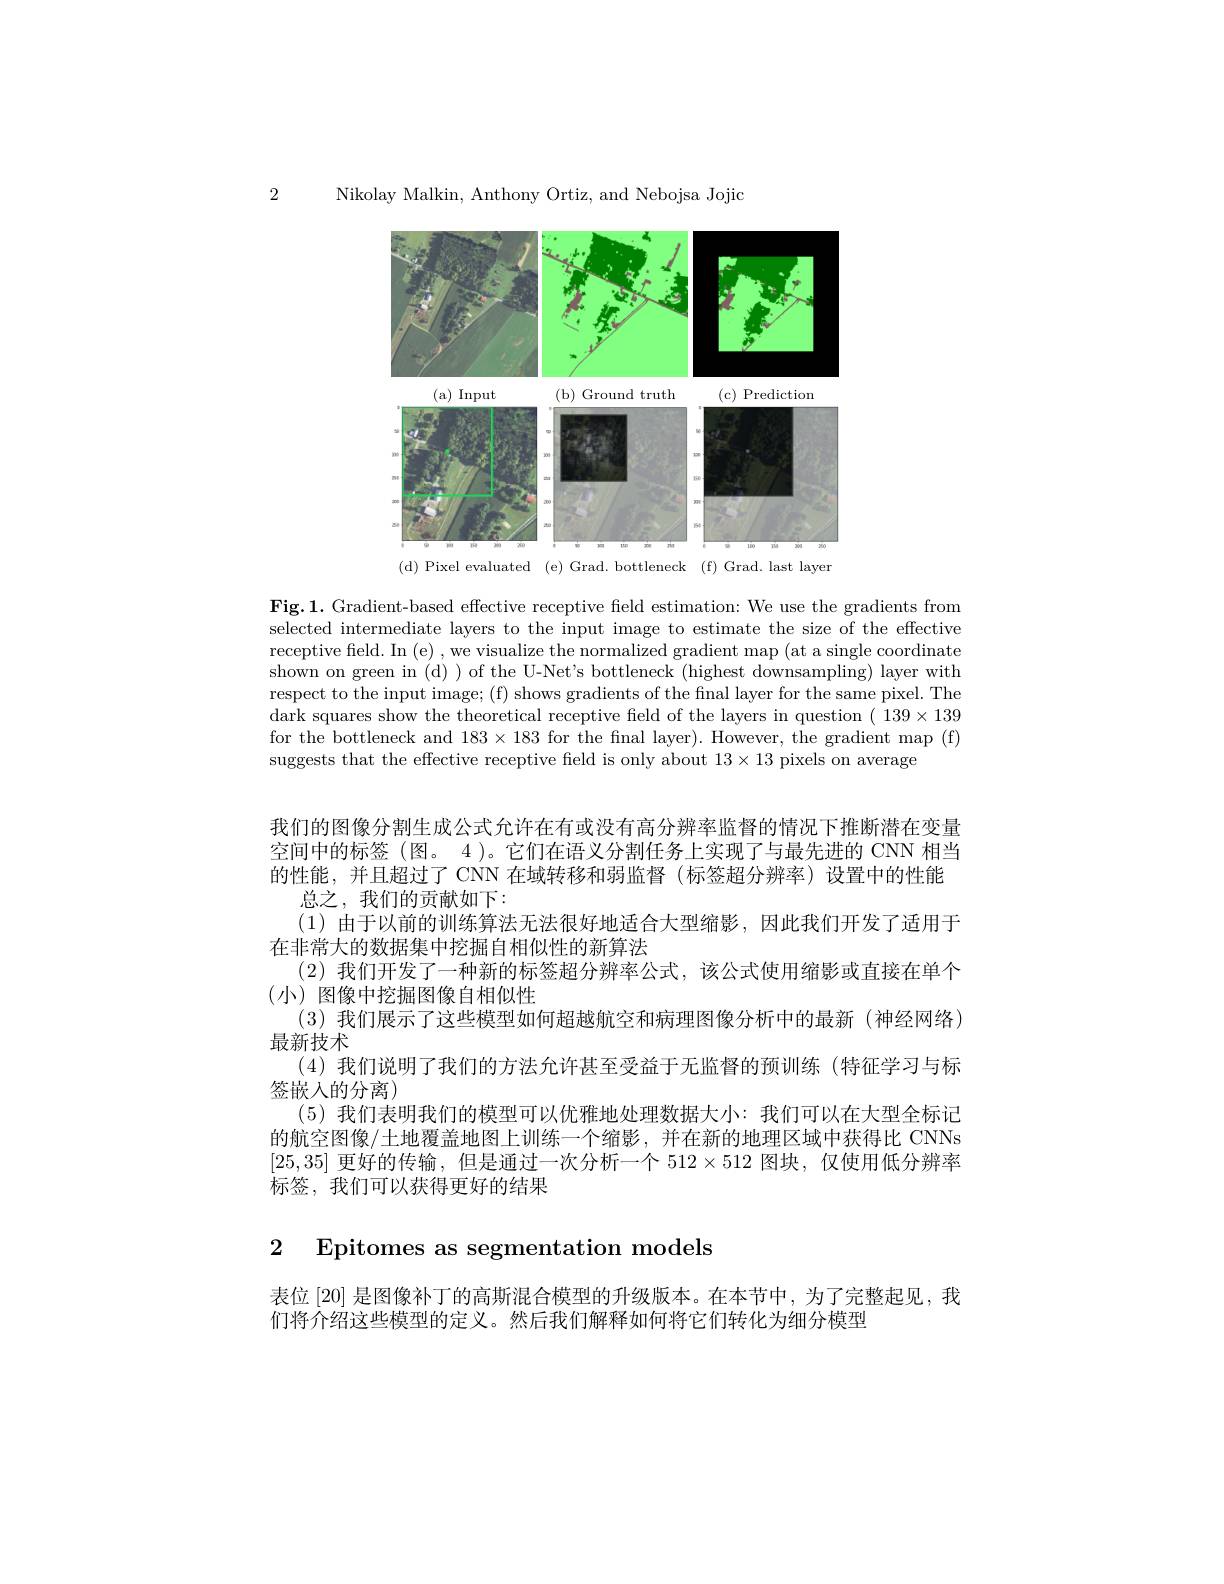
Nikolay Malkin, Anthony Ortiz, and Nebojsa Jojic

2

<FigureHere>
(d)Pixel evaluated (e)Grad.bottleneck (f)Grad.last layer

$\textbf{Fig. 1. Gradient- based effective receptive feld estimation: We use the gradients from}$ selected intermediate layers to the input image to estimate the size of the effective receptive field. In (e) , we visualize the normalized gradient map (at a single coordinate shown on green in (d) ) of the U-Net's bottleneck (highest downsampling) layer with respect to the input image; (f) shows gradients of the final layer for the same pixel. The dark squares show the theoretical receptive field of the layers in question $(139\times139$ for the bottleneck and $183\times183$ for the fnal layer). However, the gradient map (f) suggests that the effective receptive field is only about $13\times13$ pixels on average

我们的图像分割生成公式允许在有或没有高分辨率监督的情况下推断潜在变量空间中的标签(图。4 )。它们在语义分割任务上实现了与最先进的 CNN 相当的性能，并且超过了 CNN 在域转移和弱监督 (标签超分辨率)设置中的性能
总之，我们的贡献如下：
(1)由于以前的训练算法无法很好地适合大型缩影，因此我们开发了适用于
在非常大的数据集中挖掘自相似性的新算法
(2)我们开发了一种新的标签超分辨率公式，该公式使用缩影或直接在单个
(小) 图像中挖掘图像自相似性
(3)我们展示了这些模型如何超越航空和病理图像分析中的最新 (神经网络)
最新技术
(4)我们说明了我们的方法允许甚至受益于无监督的预训练 (特征学习与标
签嵌人的分离)
(5)我们表明我们的模型可以优雅地处理数据大小：我们可以在大型全标记的航空图像/土地覆盖地图上训练一个缩影，并在新的地理区域中获得比 CNNs [25,35]更好的传输，但是通过一次分析一个$512\times512$图块，仅使用低分辨率标签，我们可以获得更好的结果

2 Epitomes as segmentation models

表位 [20] 是图像补丁的高斯混合模型的升级版本。在本节中，为了完整起见，我
们将介绍这些模型的定义。然后我们解释如何将它们转化为细分模型